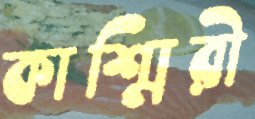
কাশ্মিরী